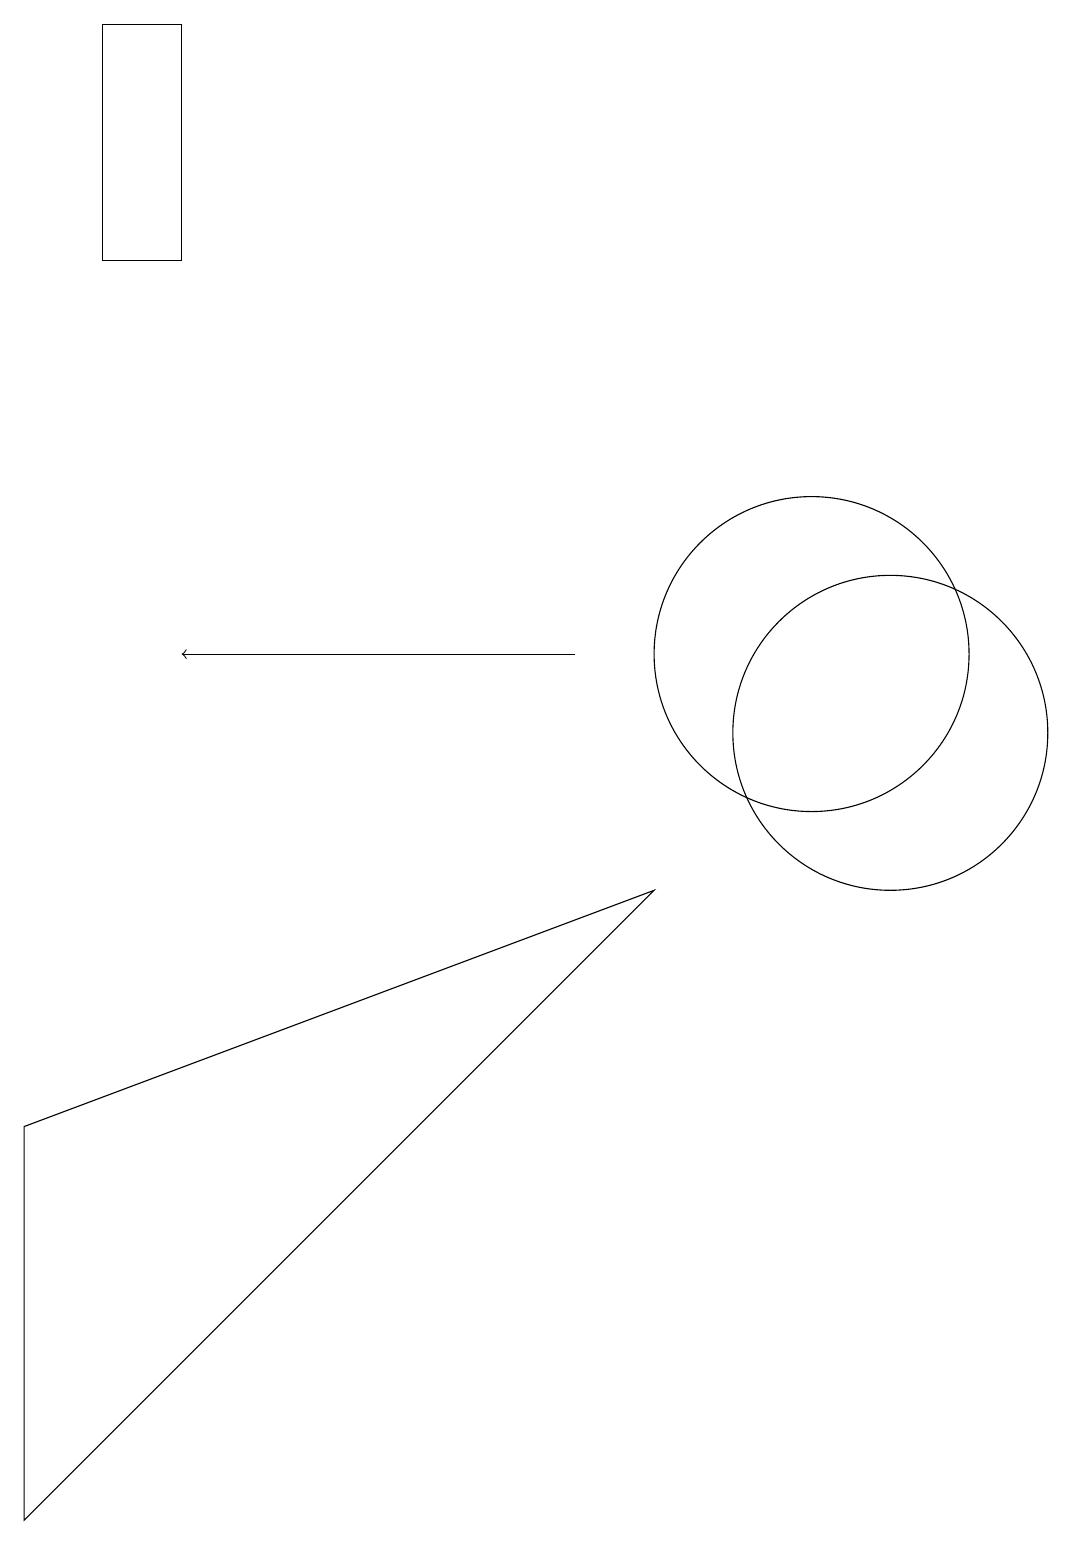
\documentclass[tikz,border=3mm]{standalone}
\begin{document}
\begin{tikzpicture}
\draw (11,10) circle (2);
\draw (0,0) -- (8,8) -- (0,5) -- cycle;
\draw (1,19) rectangle (2,16);
\draw[->] (7,11) -- (2,11);
\draw (10,11) circle (2);
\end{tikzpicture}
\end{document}